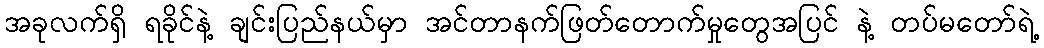
အခုလက်ရှိ ရခိုင်နဲ့ ချင်းပြည်နယ်မှာ အင်တာနက်ဖြတ်တောက်မှုတွေအပြင် နဲ့ တပ်မတော်ရဲ့